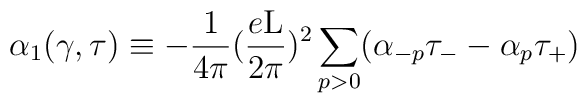
{\alpha}_{1}(\gamma, \tau) \equiv - \frac{1}{4 \pi}(\frac{e\rm L}{2\pi})^2\sum_{p>0}( {\alpha}_{-p}{\tau}_{-} - {\alpha}_{p} {\tau}_{+} )